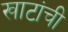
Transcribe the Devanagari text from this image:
खाटांची